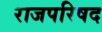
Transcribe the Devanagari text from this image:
राजपरिषद